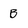
Character: B